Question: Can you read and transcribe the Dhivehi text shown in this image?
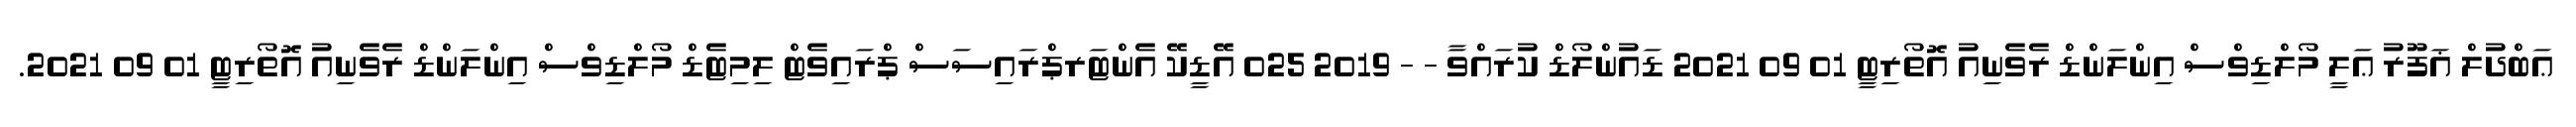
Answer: ޢަބްދުލް ޣަފޫރު ޢަލީ މޯލްޑިވްސް އިންލަންޑް ރެވެނިއު އޮތޯރިޓީ 01 09 2021 ޑައުންލޯޑް ކުރައްވާ - - 2019 025 އޭޑީކޭ އެންޓަރޕްރައިސަސް ޕްރައިވެޓް ލިމިޓެޑް މޯލްޑިވްސް އިންލަންޑް ރެވެނިއު އޮތޯރިޓީ 01 09 2021.